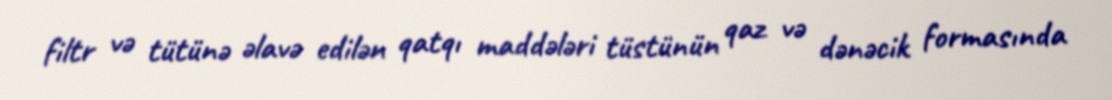
filtr və tütünə əlavə edilən qatqı maddələri tüstünün qaz və dənəcik formasında